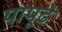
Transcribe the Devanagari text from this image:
यापूढे